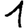
Digit: 1